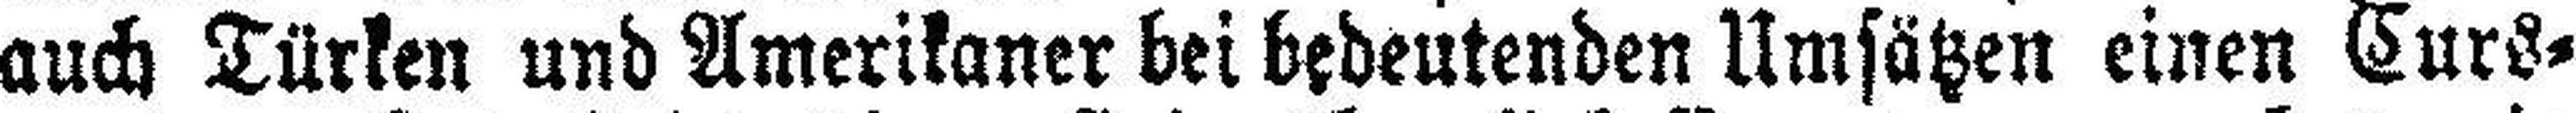
auch Türken und Amerikaner bei bedeutenden Umsätzen einen Curs¬